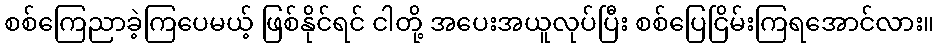
စစ်ကြေညာခဲ့ကြပေမယ့် ဖြစ်နိုင်ရင် ငါတို့ အပေးအယူလုပ်ပြီး စစ်ပြေငြိမ်းကြရအောင်လား။